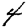
Digit: 4